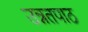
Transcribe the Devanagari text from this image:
उन्नतपाठ